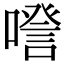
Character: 𠽹